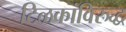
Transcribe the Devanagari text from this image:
टिळकांविरुद्ध